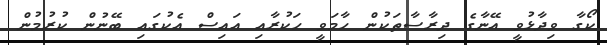
ކޯގާ ވިދާޅުވީ އޭނާގެ ދިރާސާތަކުން ހާމަވީ ހަކުރާއި އައިސް އެކުގައި ބޭނުން ކުރުމުން